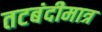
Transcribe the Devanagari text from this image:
तटबंदीमात्र